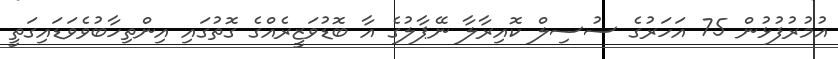
އުމުރުފުޅުން 75 އަހަރުގެ ސުސިލް ކޮއިރާލާ ނޭޕާލުގެ އާ ބޮޑުވަޒީރެއްގެ ގޮތުގައި އިންތިހާބުވެވަޑައިގަތީ